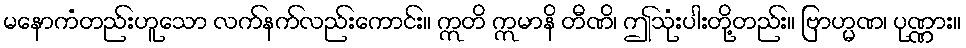
မနောကံတည်းဟူသော လက်နက်လည်းကောင်း။ ဣတိ ဣမာနိ တီဏိ၊ ဤသုံးပါးတို့တည်း။ ဗြာဟ္မဏ၊ ပုဏ္ဏား။